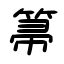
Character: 箒